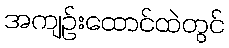
အကျဉ်းထောင်ထဲတွင်